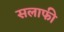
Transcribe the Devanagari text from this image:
सलाफी